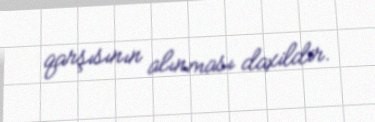
qarşısının alınması daxildir.